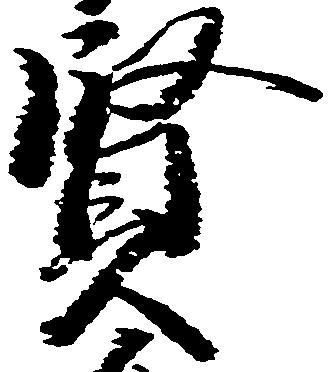
賢